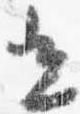
光